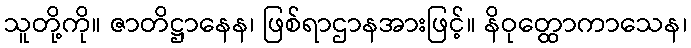
သူတို့ကို။ ဇာတိဋ္ဌာနေန၊ ဖြစ်ရာဌာနအားဖြင့်။ နိဝုတ္ထောကာသေန၊